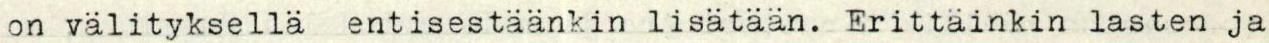
on välityksellä entisestäänkin lisätään. Erittäinkin lasten ja